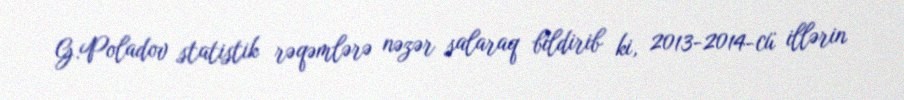
G.Poladov statistik rəqəmlərə nəzər salaraq bildirib ki, 2013-2014-cü illərin